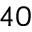
^ { 4 0 }